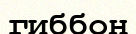
гиббон